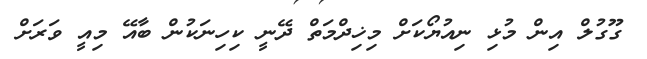
ގޫގުލް އިން މުޅި ނިއުޔޯކަށް މިޚިދްމަތް ދޭނީ ކިހިނަކުން ބާއޭ މިއީ ވަރަށް